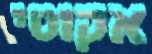
אקוטי